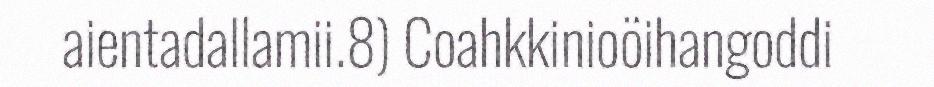
aientadallamii.8) Coahkkinioöihangoddi